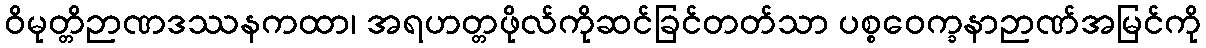
ဝိမုတ္တိဉာဏဒဿနကထာ၊ အရဟတ္တဖိုလ်ကိုဆင်ခြင်တတ်သာ ပစ္စဝေက္ခနာဉာဏ်အမြင်ကို